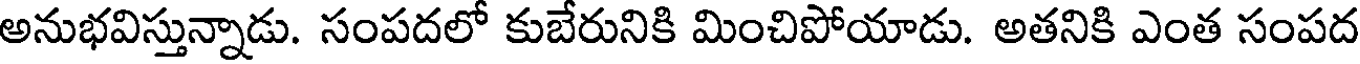
అనుభవిస్తున్నాడు. సంపదలో కుబేరునికి మించిపోయాడు. అతనికి ఎంత సంపద